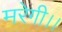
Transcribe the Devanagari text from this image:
मरेगी।।